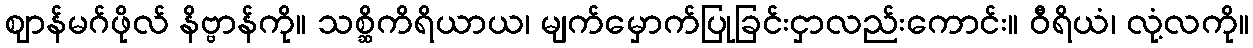
ဈာန်မဂ်ဖိုလ် နိဗ္ဗာန်ကို။ သစ္ဆိကိရိယာယ၊ မျက်မှောက်ပြုခြင်းငှာလည်းကောင်း။ ဝီရိယံ၊ လုံ့လကို။